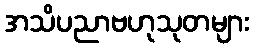
အသိပညာဗဟုသုတများ